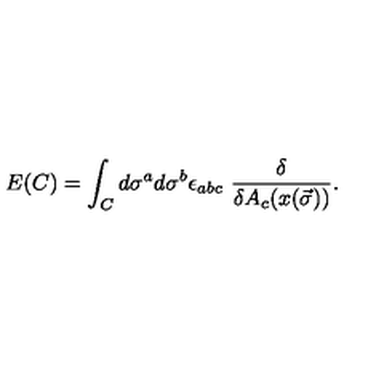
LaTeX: E ( C ) = \int _ { C } d \sigma ^ { a } d \sigma ^ { b } \epsilon _ { a b c } \ \frac { \delta } { \delta A _ { c } ( x ( \vec { \sigma } ) ) } .